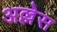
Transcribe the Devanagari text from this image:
अल्लेस